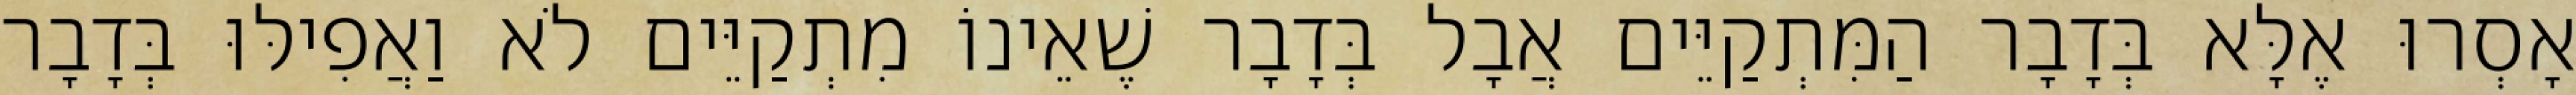
אָסְרוּ אֶלָּא בְּדָבָר הַמִּתְקַיֵּים אֲבָל בְּדָבָר שֶׁאֵינוֹ מִתְקַיֵּים לֹא וַאֲפִילּוּ בְּדָבָר